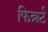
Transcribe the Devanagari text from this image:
फिन्नर्ट